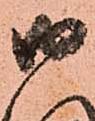
御